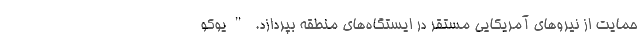
حمایت از نیروهای آمریکایی مستقر در ایستگاه‌های منطقه بپردازد. "یوکو